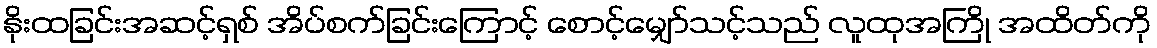
နိုးထခြင်းအဆင့်ရှစ် အိပ်စက်ခြင်းကြောင့် စောင့်မျှော်သင့်သည် လူထုအကြို အထိတ်ကို